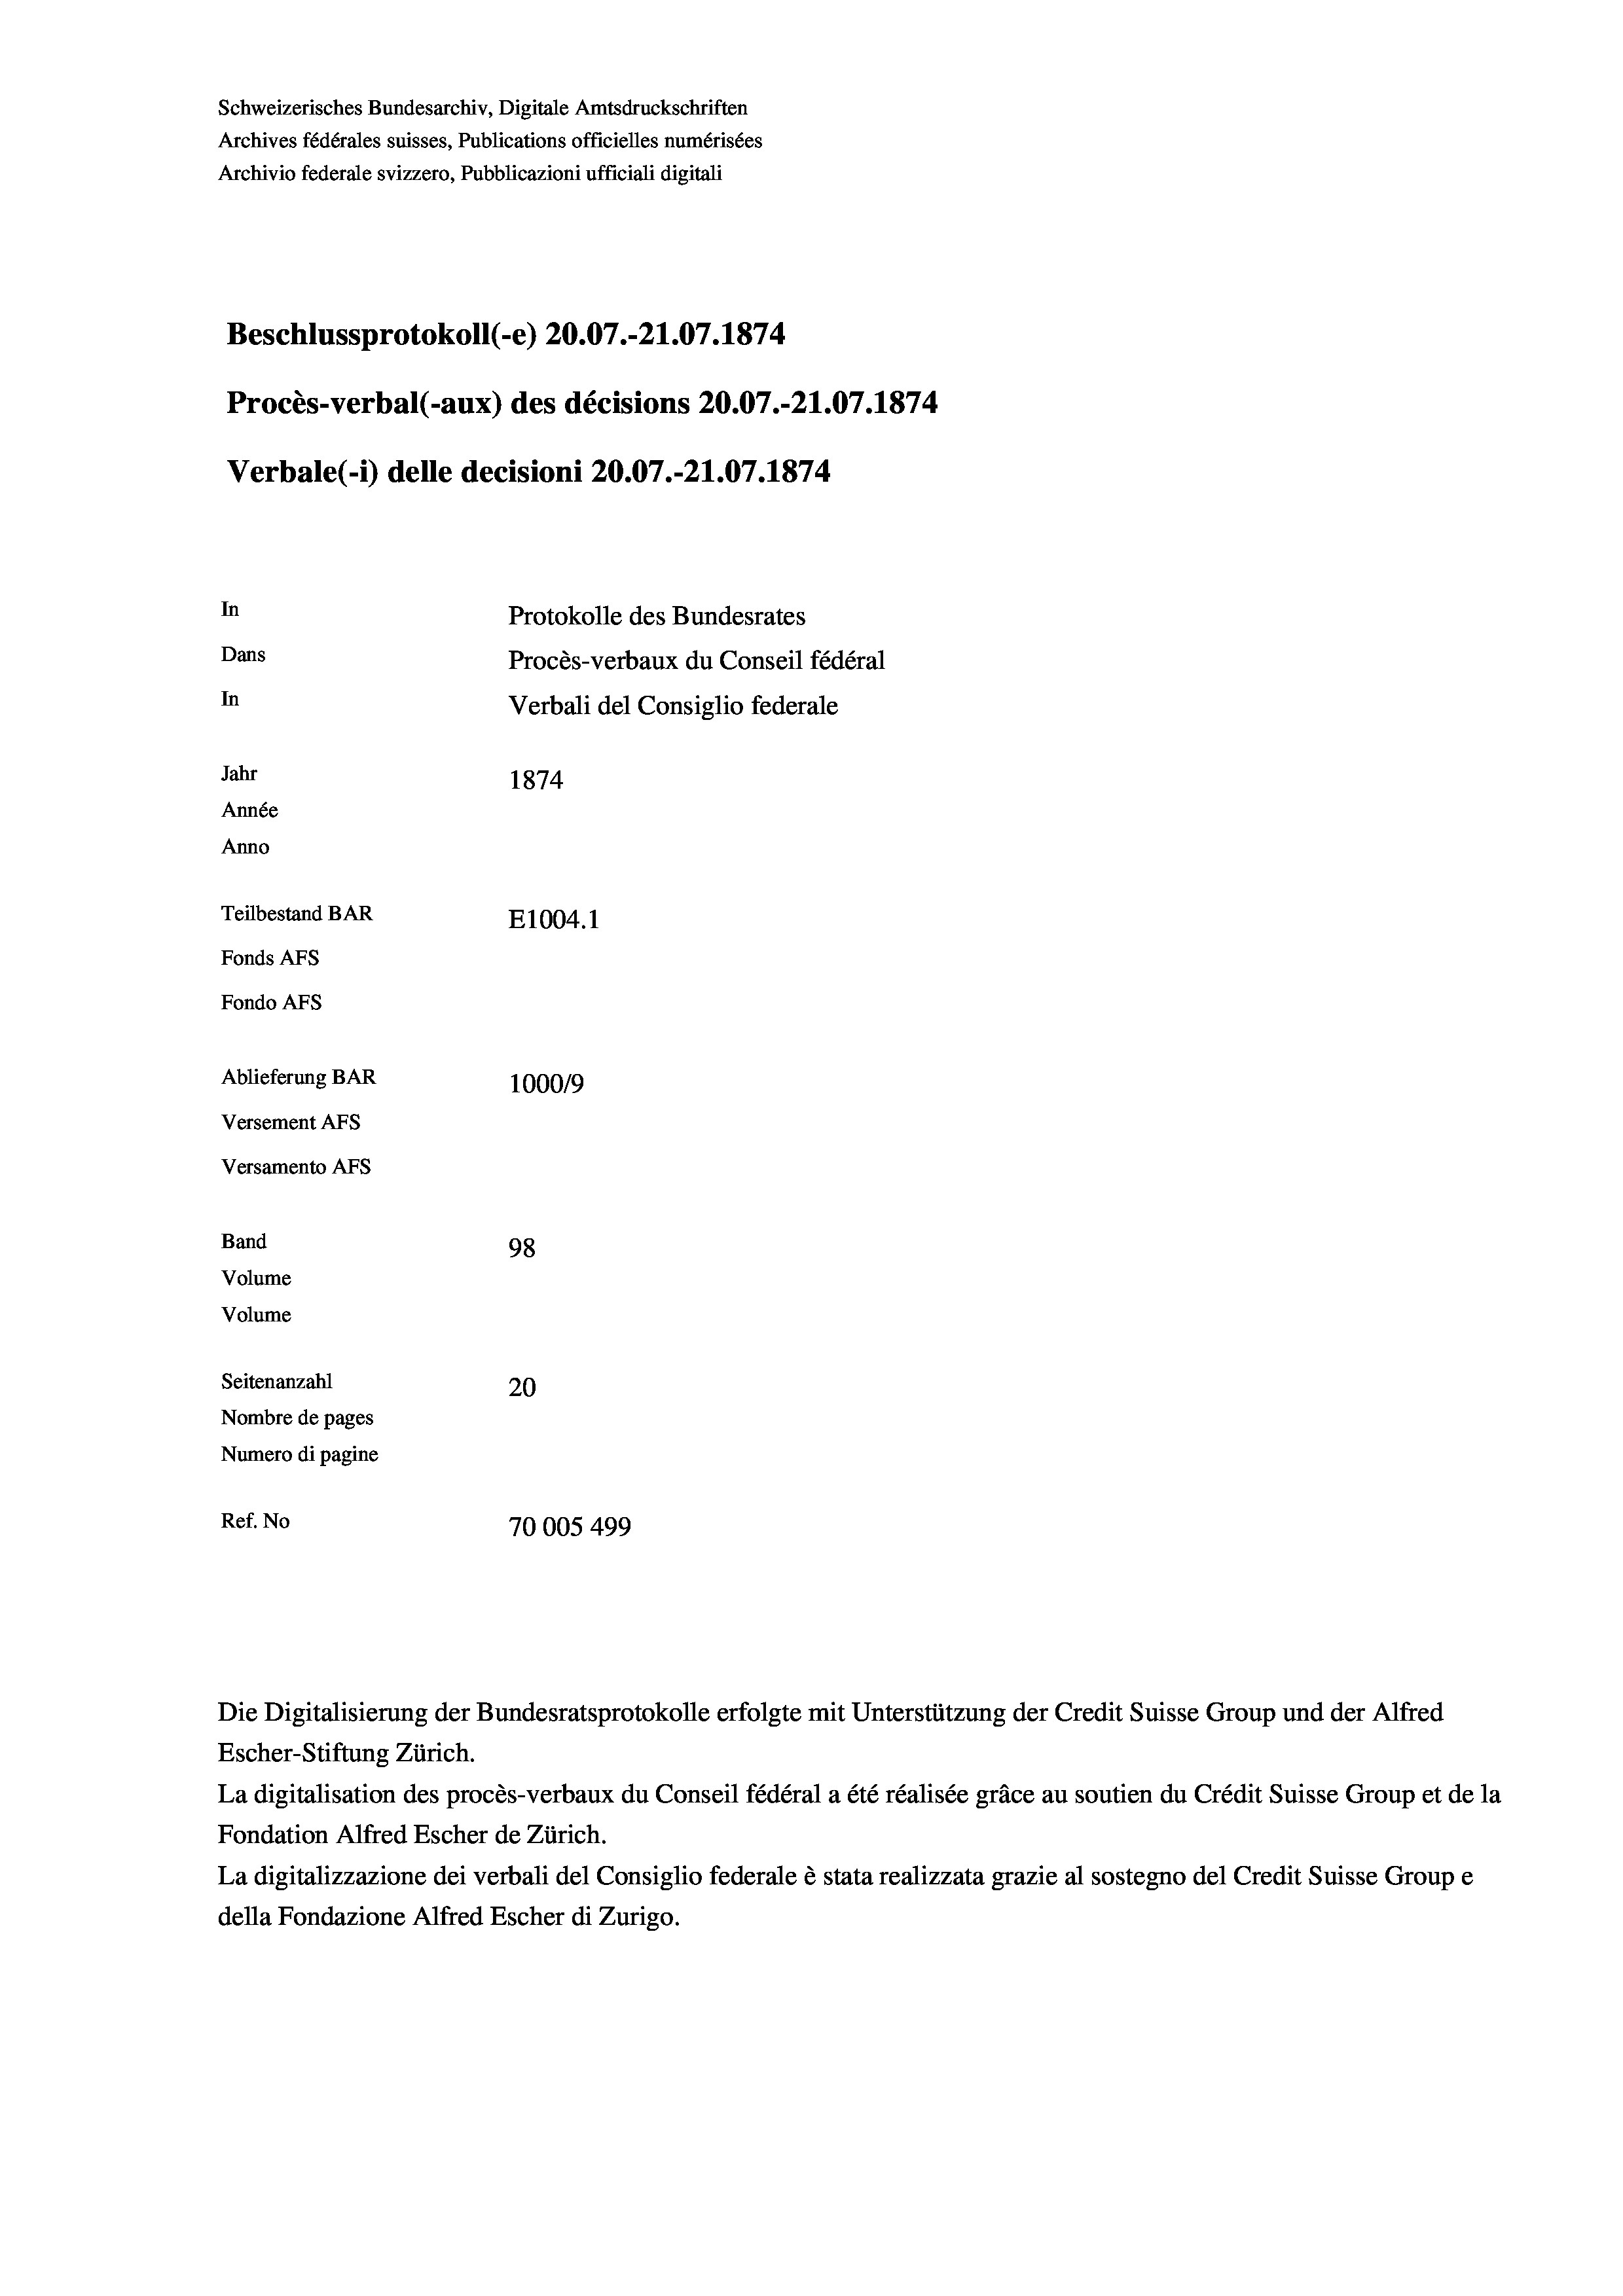
Schweizerisches Bundesarchiv, Digitale Amtsdruckschriften
Archives fédérales suisses, Publications officielles numérisées
Archivio federale svizzero, Pubblicazioni ufficiali digitali
Beschlussprotokoll (-e) 20.07.-21.07. 1874
Procès-verbal (-aux) des décisions 20.07.-21.07. 1874
Verbale (1) delle decisioni 20.07.-21.07. 1874
In
Protokolle des Bundesrates
Dans
Procès-verbaux du Conseil fédéral
In
Verbali del Consiglio federale
Jahr
1874
Année
Anno
Teilbestand BAR
E1004. 1
Fonds AFs
Fondo AFs
Ablieferung BAR
1000/9
Versement AFs
Versamento AFs
Band
98
Volume
Volume
Seitenanzahl
20
Nombre de pages
Numero di pagine
Ref. No
70005499

Die Digitalisierung der Bundesratsprotokolle erfolgte mit Unterstützung der Credit Suisse Group und der Alfred
Escher-Stiftung Zürich.
La digitalisation des procès-verbaux du Conseil fédéral a été réalisée gräce au soutien du Crédit Suisse Group et de la
Fondation Alfred Escher de Zürich.
La digitalizzazione dei verbali del Consiglio federale è stata realizzata grazie al sostegno del Credit Suisse Groupe
della Fondazione Alfred Escher di Zurigo.